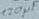
Text: 120µF